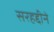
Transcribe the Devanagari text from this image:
सरहद्दीने